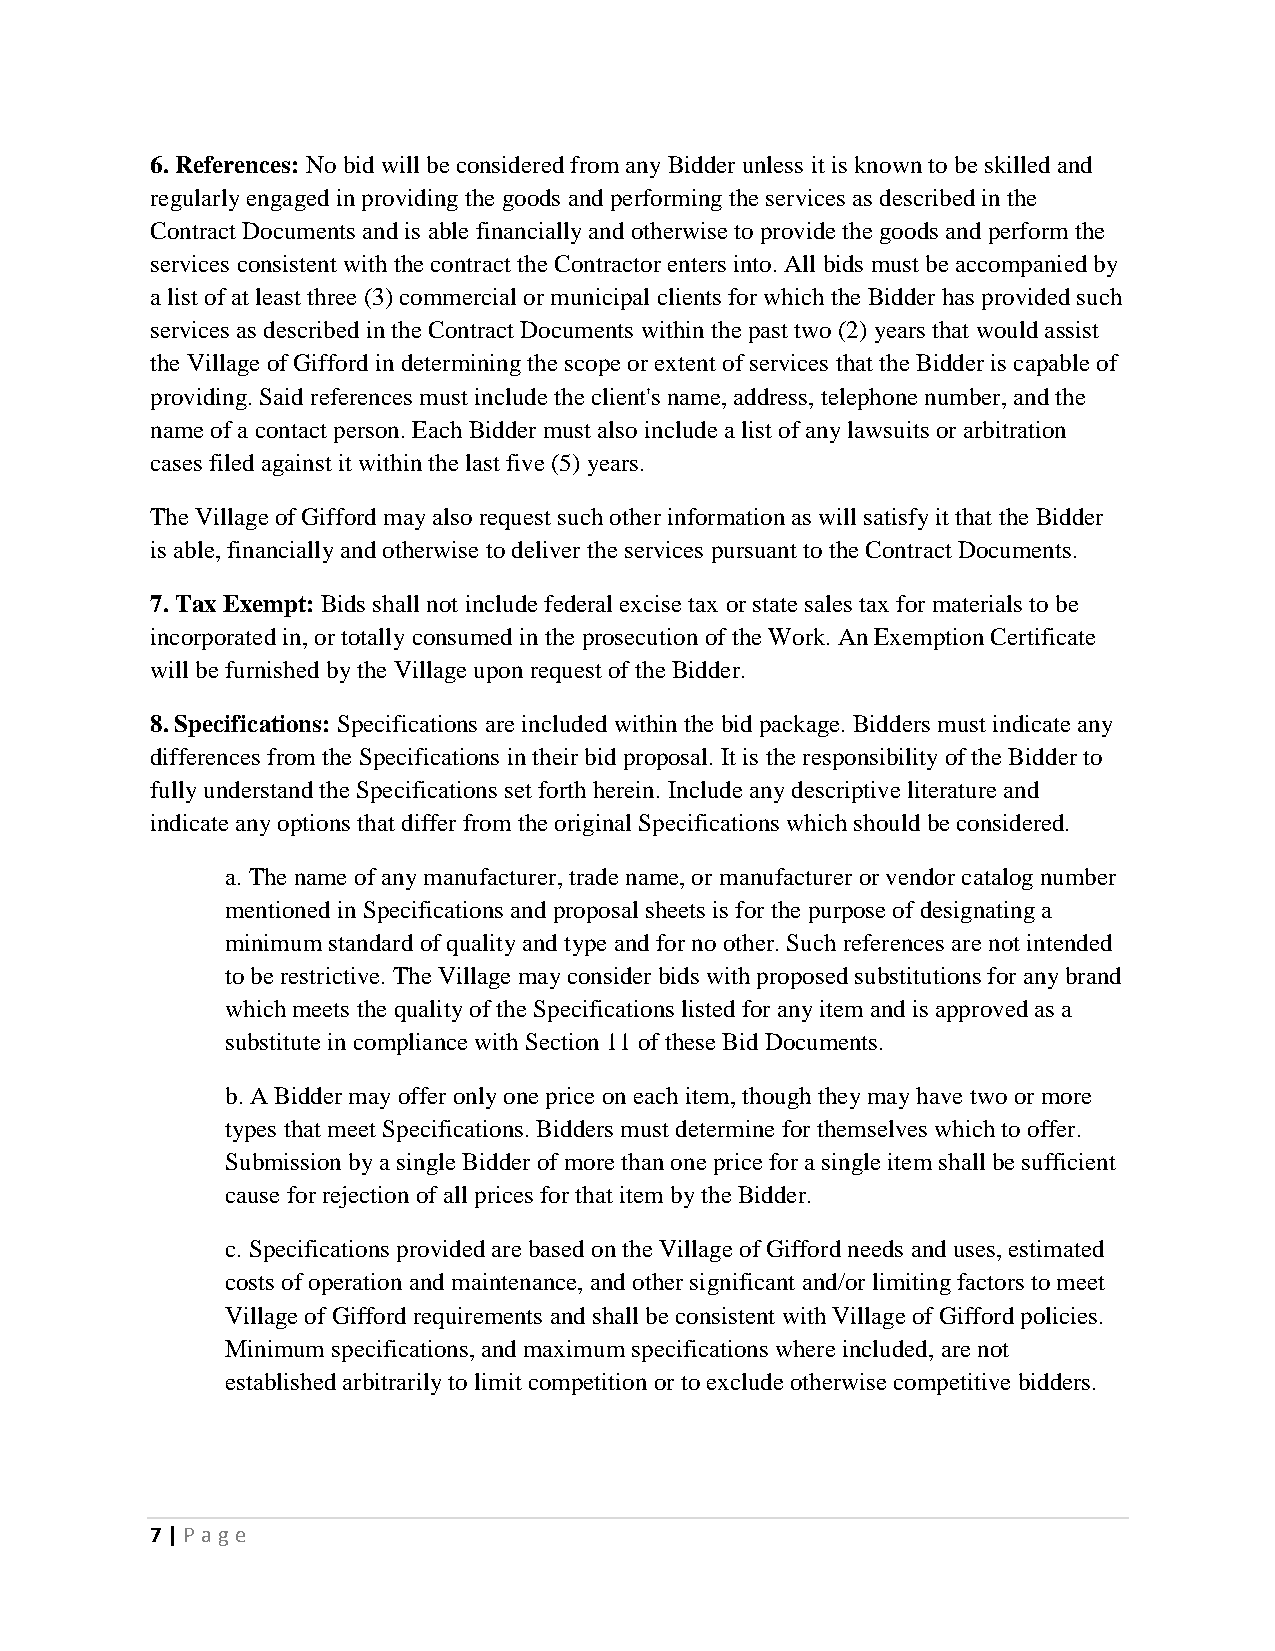
6. References: No bid will be considered from any Bidder unless it is known to be skilled and
 regularly engaged in providing the goods and performing the services as described in the
 Contract Documents and is able financially and otherwise to provide the goods and perform the
 services consistent with the contract the Contractor enters into. All bids must be accompanied by
 a list of at least three (3) commercial or municipal clients for which the Bidder has provided such
 services as described in the Contract Documents within the past two (2) years that would assist
 the Village of Gifford in determining the scope or extent of services that the Bidder is capable of
 providing. Said references must include the client's name, address, telephone number, and the
 name of a contact person. Each Bidder must also include a list of any lawsuits or arbitration
 cases filed against it within the last five (5) years.
 The Village of Gifford may also request such other information as will satisfy it that the Bidder
 is able, financially and otherwise to deliver the services pursuant to the Contract Documents.
 7. Tax Exempt: Bids shall not include federal excise tax or state sales tax for materials to be
 incorporated in, or totally consumed in the prosecution of the Work. An Exemption Certificate
 will be furnished by the Village upon request of the Bidder.
 8. Specifications: Specifications are included within the bid package. Bidders must indicate any
 differences from the Specifications in their bid proposal. It is the responsibility of the Bidder to
 fully understand the Specifications set forth herein. Include any descriptive literature and
 indicate any options that differ from the original Specifications which should be considered.
 a. The name of any manufacturer, trade name, or manufacturer or vendor catalog number
 mentioned in Specifications and proposal sheets is for the purpose of designating a
 minimum standard of quality and type and for no other. Such references are not intended
 to be restrictive. The Village may consider bids with proposed substitutions for any brand
 which meets the quality of the Specifications listed for any item and is approved as a
 substitute in compliance with Section 11 of these Bid Documents.
 b. A Bidder may offer only one price on each item, though they may have two or more
 types that meet Specifications. Bidders must determine for themselves which to offer.
 Submission by a single Bidder of more than one price for a single item shall be sufficient
 cause for rejection of all prices for that item by the Bidder.
 c. Specifications provided are based on the Village of Gifford needs and uses, estimated
 costs of operation and maintenance, and other significant and/or limiting factors to meet
 Village of Gifford requirements and shall be consistent with Village of Gifford policies.
 Minimum specifications, and maximum specifications where included, are not
 established arbitrarily to limit competition or to exclude otherwise competitive bidders.
 7 | P age